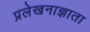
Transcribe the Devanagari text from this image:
प्रलेखनाज्ञाता